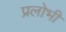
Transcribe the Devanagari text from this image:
प्रलोभी